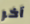
آخر